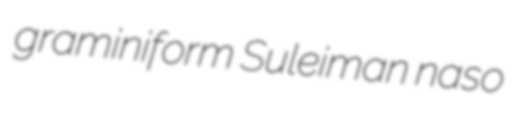
graminiform Suleiman naso